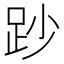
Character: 䟞